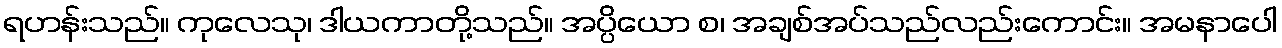
ရဟန်းသည်။ ကုလေသု၊ ဒါယကာတို့သည်။ အပ္ပိယော စ၊ အချစ်အပ်သည်လည်းကောင်း။ အမနာပေါ